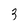
Character: 3